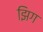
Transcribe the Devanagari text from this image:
झिग